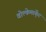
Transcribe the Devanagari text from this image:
वोल्केमार्के्ट